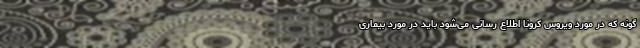
گونه که در مورد ویروس کرونا اطلاع رسانی می‌شود باید در مورد بیماری